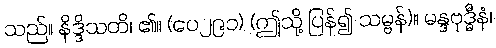
သည်။ နိဒ္ဒိသတိ၊ ၏။ (ပေ၂၉၁) (ဤသို့ ပြန်၍ သမ္ဗန်)။ မန္ဒဗုဒ္ဓီနံ၊